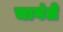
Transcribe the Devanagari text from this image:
चागंले